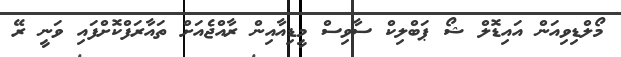
މޯލްޑިވިއަން އައިޑޮލް ޝޯ ޕަބްލިކް ސާވިސް މީޑިއާއިން ރާއްޖެއަށް ތައާރަފްކޮށްފައި ވަނީ ރޭ